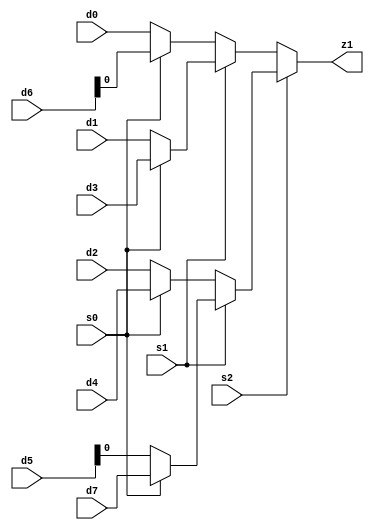
`timescale 1ns / 1ps
//////////////////////////////////////////////////////////////////////////////////
// Company: 
// Engineer: 
// 
// Design Name: 
// Module Name: mux_4to1
// Project Name: 
// Target Devices: 
// Tool Versions: 
// Description: 
// 
// Dependencies: 
// 
// Revision:
// Revision 0.01 - File Created
// Additional Comments:
// 
//////////////////////////////////////////////////////////////////////////////////


module mux_4to1 (s0, s1,s2,d0, d1, d2, d3,d5,d6,d7,d4,z1);// d0 and d1 or d2 add d3 xor d5 rshift d6 lshift d4 less z1 result d7 mult
//define inputs and output
input s0, s1,s2, d0, d1, d2, d3,d4,d7;
input[15:0] d5,d6; 
output z1;
//use the nested conditional operator
assign z1 = s2 ? (s1 ? (s0?d7:d5): (s0?d4:d2)) : (s1 ? (s0?d3:d1): (s0?d6:d0));
endmodule